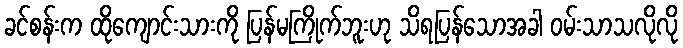
ခင်စန်းက ထိုကျောင်းသားကို ပြန်မကြိုက်ဘူးဟု သိရပြန်သောအခါ ဝမ်းသာသလိုလို